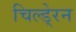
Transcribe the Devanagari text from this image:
चिल्डे्रन